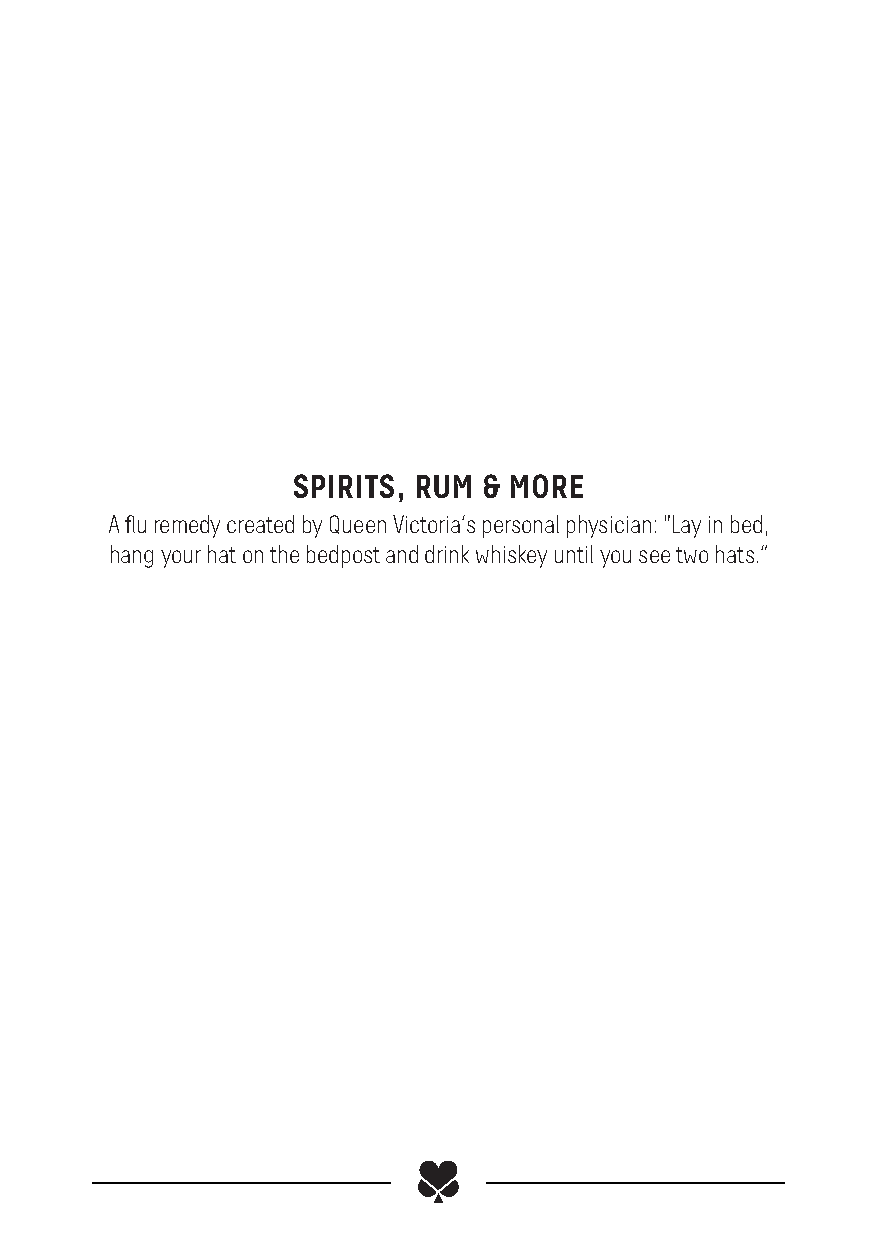
SPIRITS, RUM & MORE
 A flu remedy created by Queen Victoria‘s personal physician: "Lay in bed,
 hang your hat on the bedpost and drink whiskey until you see two hats.“